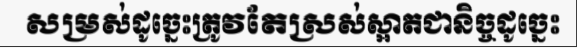
សម្រស់ដូច្នេះត្រូវតែស្រស់ស្អាតជានិច្ចដូច្នេះ